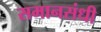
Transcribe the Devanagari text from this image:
समानसंधी